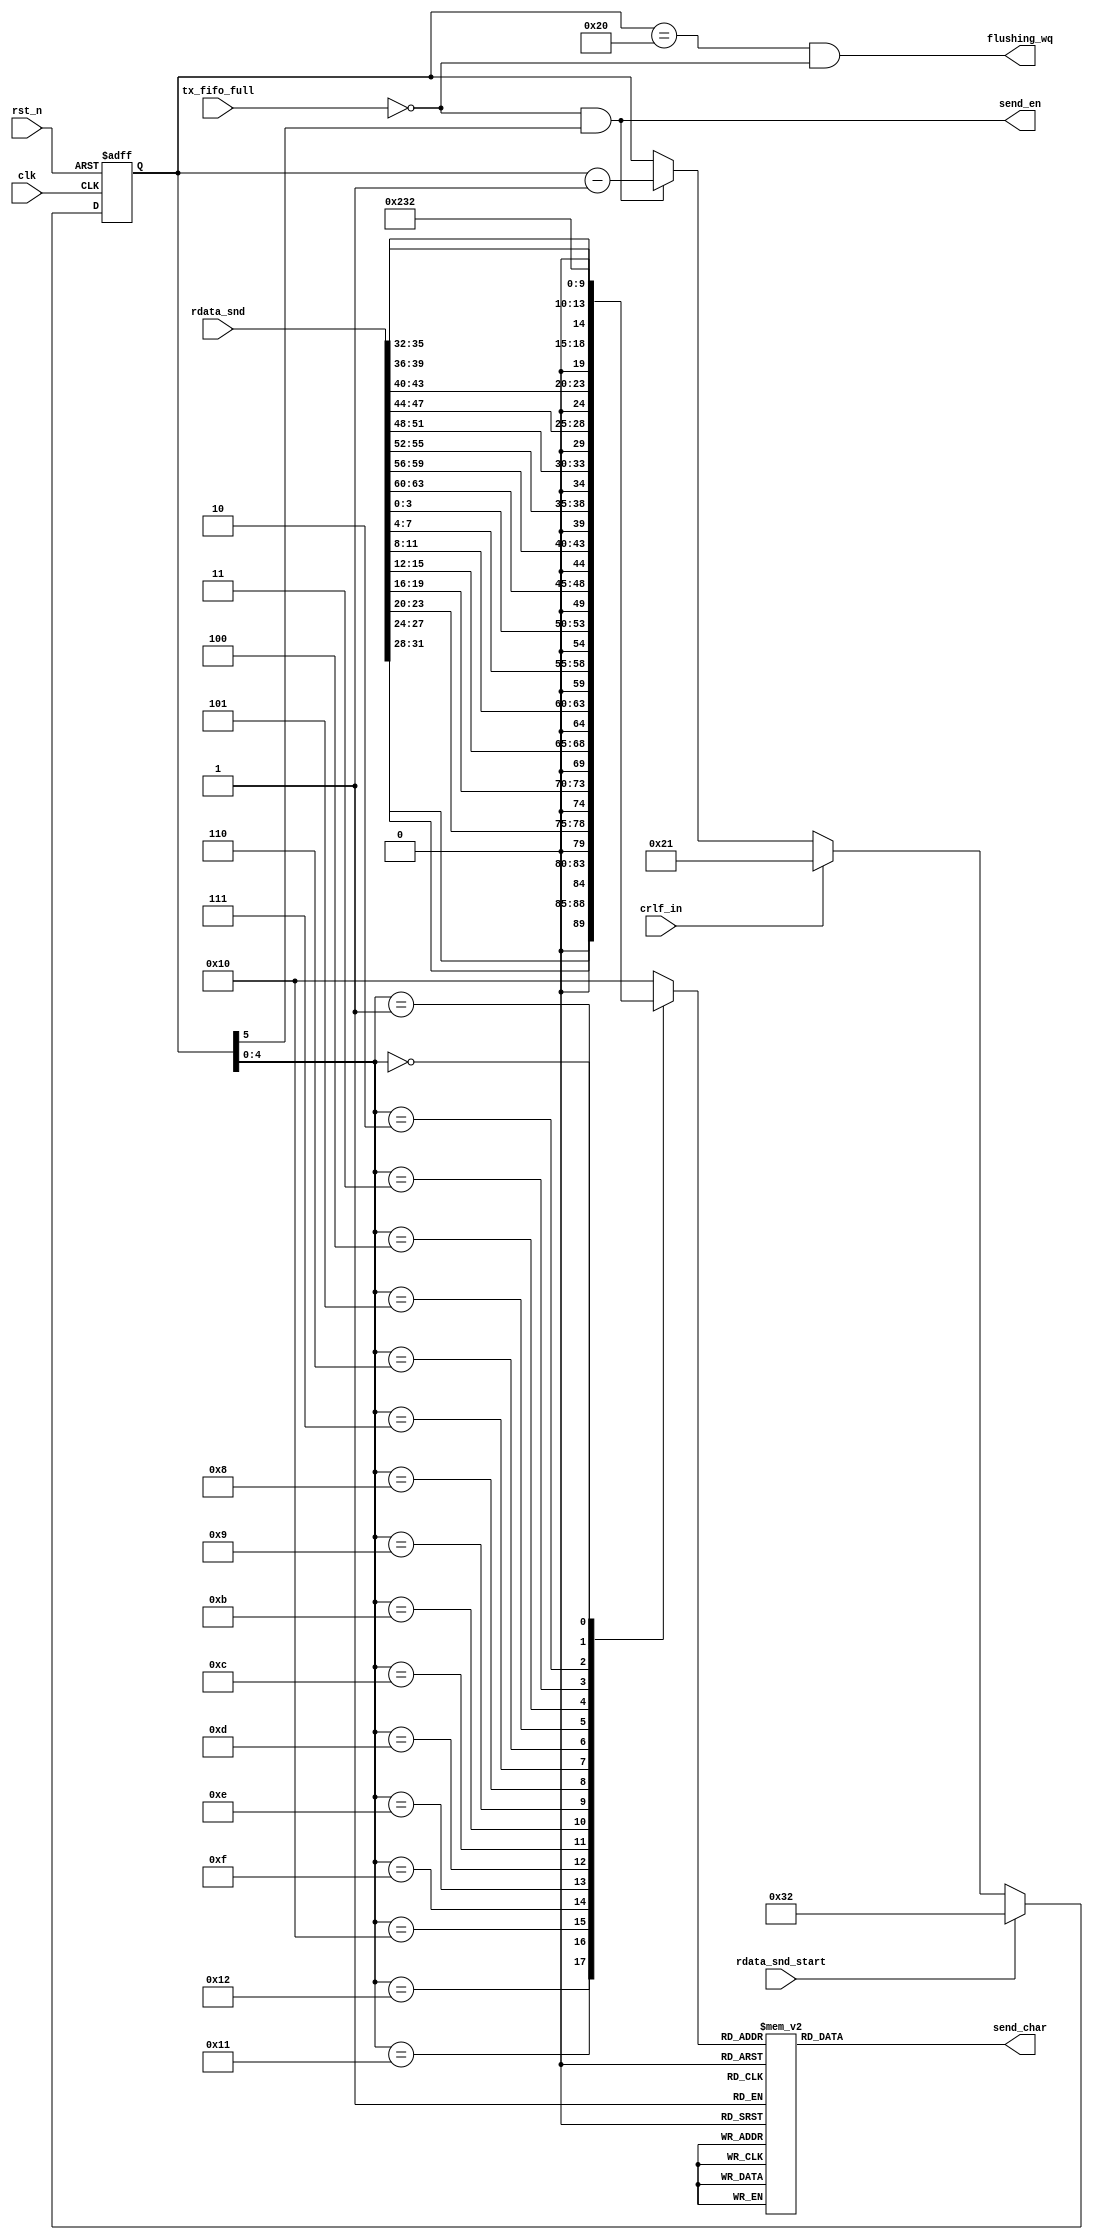
/*
 * My RISC-V RV32I CPU
 *   UART Monitor Encode and Send Character Module
 *    Verilog code
 * @auther		Yoshiki Kurokawa <yoshiki.k963@gmail.com>
 * @copylight	2021 Yoshiki Kurokawa
 * @license		https://opensource.org/licenses/MIT     MIT license
 * @version		0.1
 */

module uart_send_char (
    input clk,
    input rst_n,
	// from instruction/data memory
	input rdata_snd_start,
	input [63:0] rdata_snd,
	// to contorl
	output flushing_wq,
	// to uart if
	output [7:0] send_char,
	output send_en,
	input tx_fifo_full,
	input crlf_in

);


/*
reg send_mode; // 0:instruction 1:data

always @ (posedge clk or negedge rst_n) begin
    if (~rst_n)
        send_mode <= 1'b0;
	else if (rdata_snd_start)
		send_mode <= 1'b1;
	else if (pgm_snd_start)
        send_mode <= 1'b0;
end

wire [63:0] send_data = send_mode ? rdata_snd : inst_data_snd;
*/

wire tx_rdy = ~tx_fifo_full;

reg [5:0] send_cntr;

always @ (posedge clk or negedge rst_n) begin
    if (~rst_n)
        send_cntr <= 6'd0;
	else if (rdata_snd_start)
        send_cntr <= 6'd18 + 6'd32;
	else if (crlf_in)
		send_cntr <= 6'd1 + 6'd32;
	else if (send_cntr[5] & tx_rdy)
         send_cntr <= send_cntr - 6'd1;
end

assign flushing_wq = (send_cntr == 6'd32) & tx_rdy;
//assign dump_cpu = send_cntr[5] & ~send_mode;

function [4:0] send_slice;
input [63:0] send_data;
input [4:0] send_cntr_low;
begin
	case(send_cntr_low)
		5'd18 : send_slice = {1'b0, send_data[31:28] };
		5'd17 : send_slice = {1'b0, send_data[27:24] };
		5'd16 : send_slice = {1'b0, send_data[23:20] };
		5'd15 : send_slice = {1'b0, send_data[19:16] };
		5'd14 : send_slice = {1'b0, send_data[15:12] };
		5'd13 : send_slice = {1'b0, send_data[11:8] };
		5'd12 : send_slice = {1'b0, send_data[7:4] };
		5'd11 : send_slice = {1'b0, send_data[3:0] };
		5'd10 : send_slice = 5'h10; // space
		5'd09 : send_slice = {1'b0, send_data[63:60] };
		5'd08 : send_slice = {1'b0, send_data[59:56] };
		5'd07 : send_slice = {1'b0, send_data[55:52] };
		5'd06 : send_slice = {1'b0, send_data[51:48] };
		5'd05 : send_slice = {1'b0, send_data[47:44] };
		5'd04 : send_slice = {1'b0, send_data[43:40] };
		5'd03 : send_slice = {1'b0, send_data[39:36] };
		5'd02 : send_slice = {1'b0, send_data[35:32] };
		5'd01: send_slice = 5'h11; // CR
		5'd00 : send_slice = 5'h12; // LF
		default : send_slice = 5'h10;
	endcase
end
endfunction

wire [4:0] send_data_slice = send_slice( rdata_snd, send_cntr[4:0] );

function [7:0] send_encode;
input [4:0] send_data_slice;
begin
	case(send_data_slice)
		5'h00 : send_encode = 8'h30;
		5'h01 : send_encode = 8'h31;
		5'h02 : send_encode = 8'h32;
		5'h03 : send_encode = 8'h33;
		5'h04 : send_encode = 8'h34;
		5'h05 : send_encode = 8'h35;
		5'h06 : send_encode = 8'h36;
		5'h07 : send_encode = 8'h37;
		5'h08 : send_encode = 8'h38;
		5'h09 : send_encode = 8'h39;
		5'h0a : send_encode = 8'h61;
		5'h0b : send_encode = 8'h62;
		5'h0c : send_encode = 8'h63;
		5'h0d : send_encode = 8'h64;
		5'h0e : send_encode = 8'h65;
		5'h0f : send_encode = 8'h66;
		5'h10 : send_encode = 8'h20; // space
		5'h11 : send_encode = 8'h0d; // CR
		5'h12 : send_encode = 8'h0a; // LF
		default : send_encode = 8'h20;
	endcase
end
endfunction

assign send_char = send_encode( send_data_slice );

assign send_en = tx_rdy & send_cntr[5];

endmodule